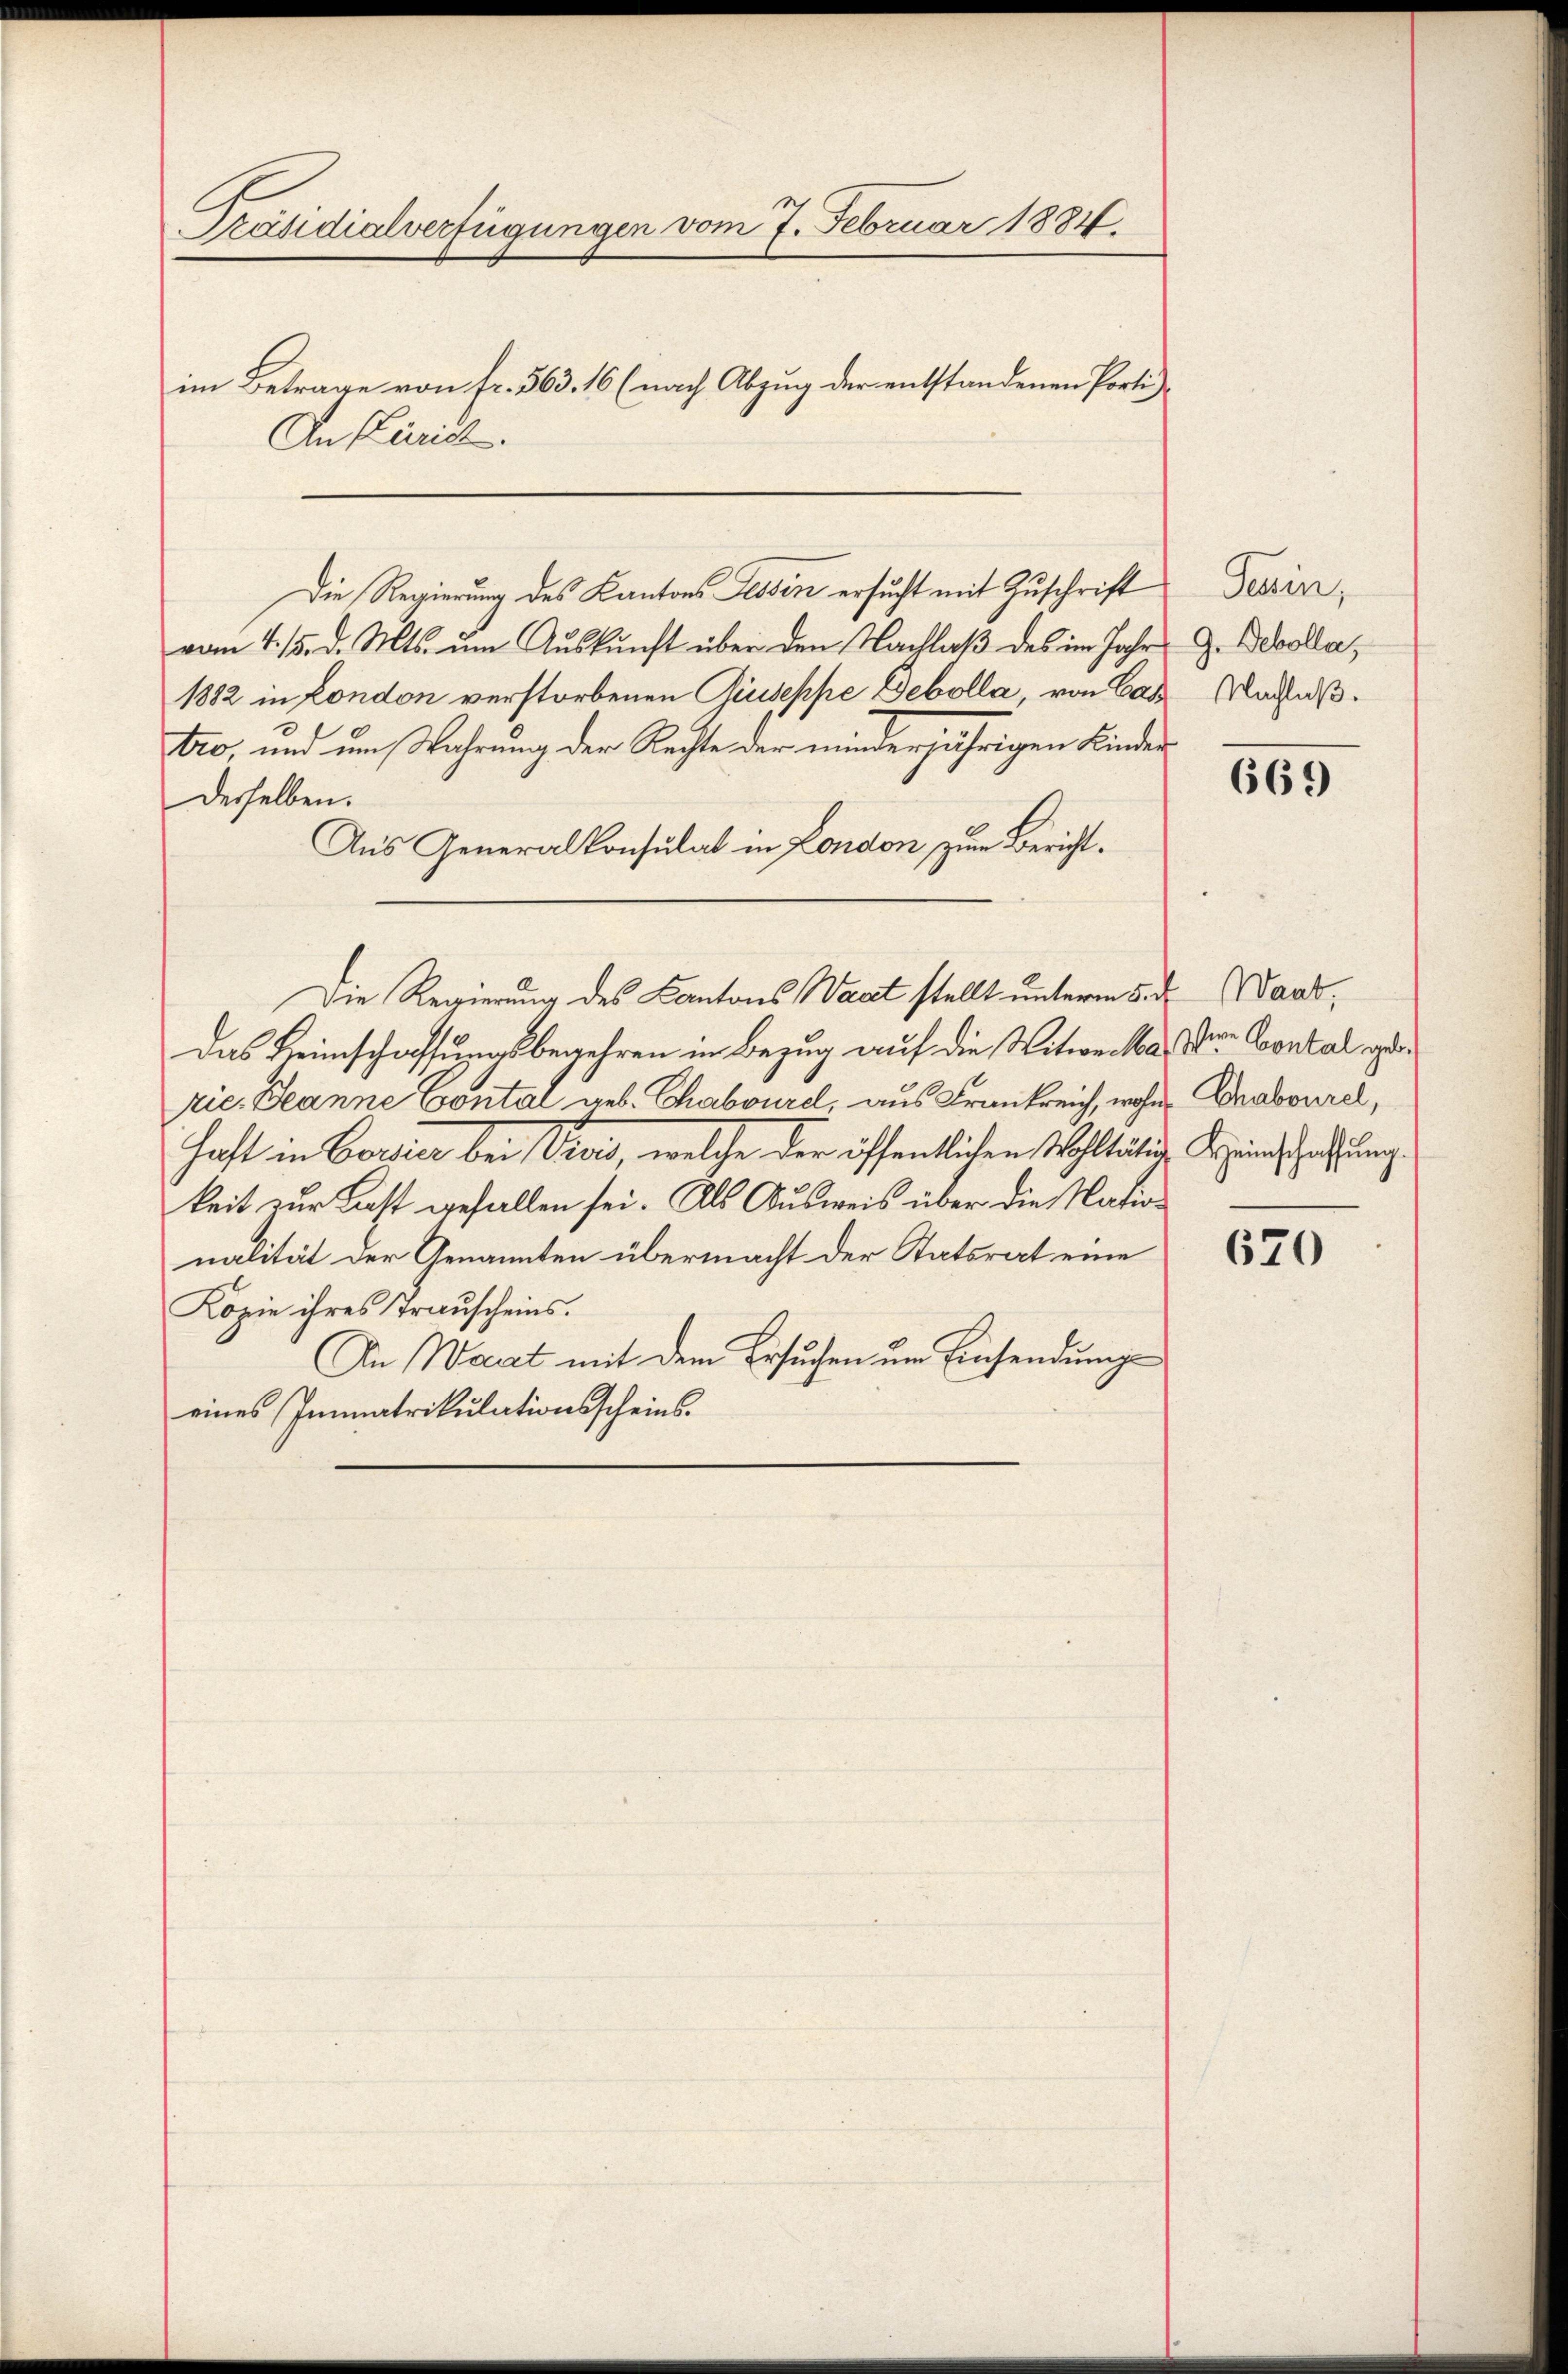
Präsidialverfügungen vom 7. Februar 1884.
im Betrage von fr. 363. 16 (nach Abzug der entstandenen Porti¬
An Kärid.

Die Regierung des Kantons Tessin ersucht mit Zuschrift
vom 4. 15. d. Mts. um Auskunft über den Nachlaß des im Jahr
1882 in London verstorbenen Giuseppe Debolla, von Cas
tro, und um Wahrung der Rechte der minderjährigen Kinder
desselben.
Aus Generalkonsulat in London zum Bericht¬
Die Regierung des Kantons Waadt stellt unterm 5. d. Baad,
Das Heimschaffungsbegehren in Bezug auf die Witwe das Ver. Contal d
rie. Jeanne Contal aus. Chaboure, aus Frankreich, wohne Bravurel,
Haft in Bossier bei Divis, welche der öffentlichen Wohltätig Kreinschatzung
keit zur Last gefallen sei. Als Ausweis über die Nation
nalität der Genannten übermacht der Statsrat eine
Kopie ihres Trauscheins.
An Wart mit dem Ersuchen um Einsendung
eines Immatrikulationsscheins¬

Terin,
G. Devolla,
Nachlaß.

669

670